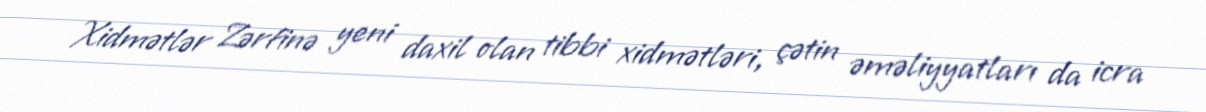
Xidmətlər Zərfinə yeni daxil olan tibbi xidmətləri, çətin əməliyyatları da icra